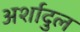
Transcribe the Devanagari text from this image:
अर्शादुल